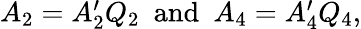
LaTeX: \begin{array}{r}{A_{2}=A_{2}^{\prime}Q_{2}\ \ \mathrm{and}\ \ A_{4}=A_{4}^{\prime}Q_{4},}\end{array}